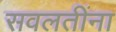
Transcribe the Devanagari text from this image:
सवलतींना